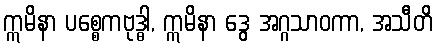
ဣမိနာ ပစ္စေကဗုဒ္ဓါ, ဣမိနာ ဒွေ အဂ္ဂသာဝကာ, အသီတိ